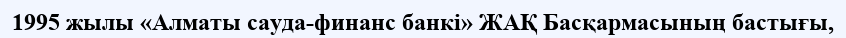
1995 жылы «Алматы сауда-финанс банкі» ЖАҚ Басқармасының бастығы,